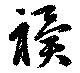
祀